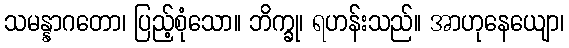
သမန္နာဂတော၊ ပြည့်စုံသော။ ဘိက္ခု၊ ရဟန်းသည်။ အာဟုနေယျော၊